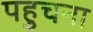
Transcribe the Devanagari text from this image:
पहुचना